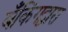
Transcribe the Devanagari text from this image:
बँकिंगद्वारा